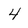
Character: 4